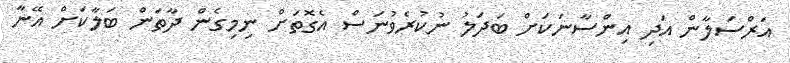
އަރްސަލާން އަދި އިންސާނަކަށް ބަދަލު ނުކުރެވުނަސް އެގޮތަށް ނިމިގެން ދާތަން ބަލާކަށް އޭނާ